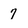
Character: 7